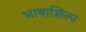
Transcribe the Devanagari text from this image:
भाषाशिल्प